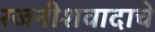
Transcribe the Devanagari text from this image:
रजनीशवादाचे